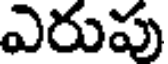
ఎరుపు